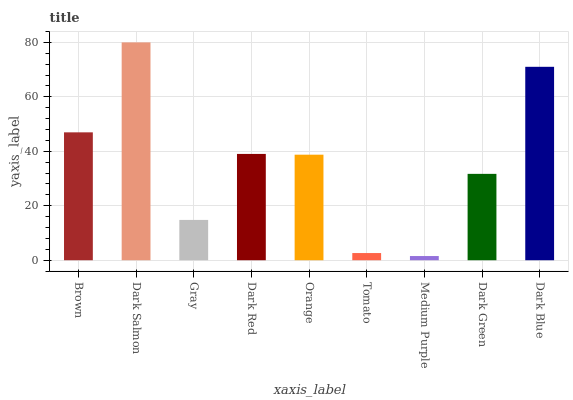
| xaxis_label | bars |
 | --- | --- |
 | Brown | 47 |
 | Dark Salmon | 80 |
 | Gray | 14.8 |
 | Dark Red | 39 |
 | Orange | 38.8 |
 | Tomato | 2.64 |
 | Medium Purple | 1.54 |
 | Dark Green | 31.7 |
 | Dark Blue | 71 |